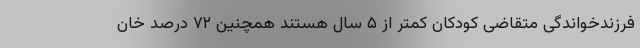
فرزندخواندگی متقاضی کودکان کمتر از ۵ سال هستند همچنین ۷۲ درصد خان